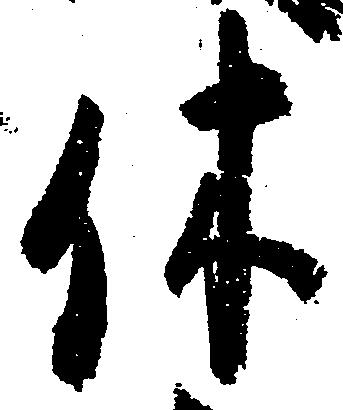
休